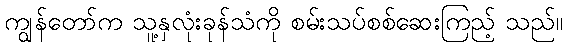
ကျွန်တော်က သူ့နှလုံးခုန်သံကို စမ်းသပ်စစ်ဆေးကြည့် သည်။